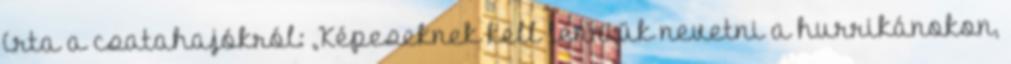
írta a csatahajókról: „Képeseknek kell lenniük nevetni a hurrikánokon,